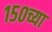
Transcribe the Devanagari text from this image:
१५०च्या